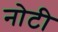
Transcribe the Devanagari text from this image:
नोटी